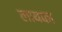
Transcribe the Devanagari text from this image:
लायका